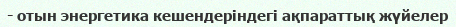
- отын энергетика кешендеріндегі ақпараттық жүйелер